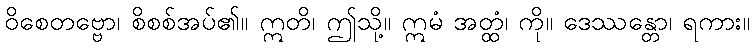
ဝိစေတဗ္ဗော၊ စိစစ်အပ်၏။ ဣတိ၊ ဤသို့။ ဣမံ အတ္ထံ၊ ကို။ ဒေဿန္တော၊ ရကား။